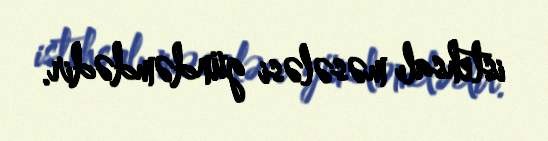
istehsalı məsələsi gündəmdədir.